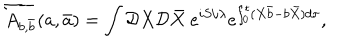
\overleftarrow { A _ { b , \bar { b } } } ( a , \bar { a } ) = \int { \cal D } X { \cal D } \bar { X } \ e ^ { i S / \lambda } e ^ { \int _ { 0 } ^ { t } ( X \bar { b } - b \bar { X } ) d \tau } ,